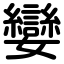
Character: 孌